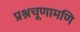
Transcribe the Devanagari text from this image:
प्रश्नचूणामणि